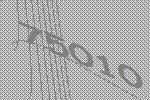
75010